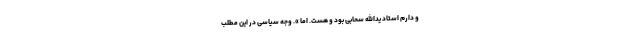
و دارم استاد یدالله سحابی بود و هست. اما ». وجه سیاسی در این مطلب